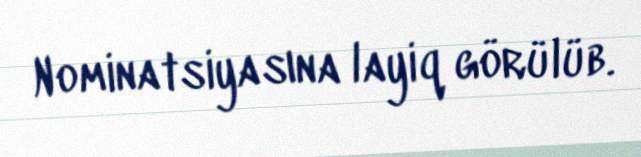
Nominatsiyasına layiq görülüb.